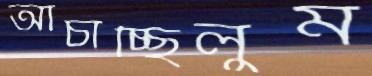
আঁচাচ্ছিলুম